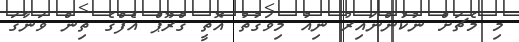
މި މެޗަށް ނުކުންނައިރު ނިއު މިވަގުތު އޮތީ ގްރޫޕް އެފްގެ ތިން ވަނާގަ